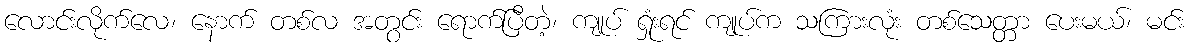
လောင်းလိုက်လေ၊ နောက် တစ်လ အတွင်း ရောက်ပြီတဲ့၊ ကျုပ် ရှုံးရင် ကျုပ်က သကြားလုံး တစ်သေတ္တာ ပေးမယ်၊ မင်း